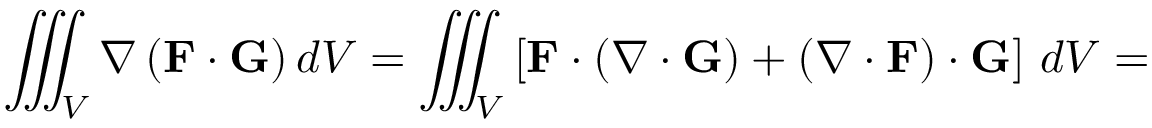
\iiint _ { V } \nabla \left( \mathbf { F } \cdot \mathbf { G } \right) d V = \iiint _ { V } \left[ \mathbf { F } \cdot \left( \nabla \cdot \mathbf { G } \right) + \left( \nabla \cdot \mathbf { F } \right) \cdot \mathbf { G } \right] \, d V =